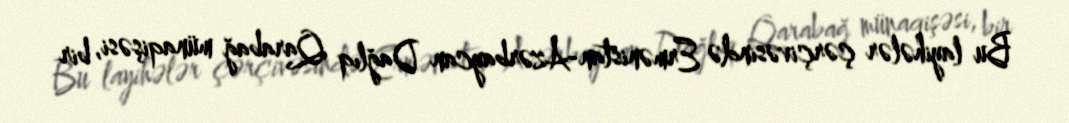
Bu layihələr çərçivəsində Ermənistan-Azərbaycan Dağlıq Qarabağ münaqişəsi, bir